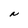
Character: N